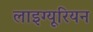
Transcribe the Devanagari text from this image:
लाइग्यूरियन